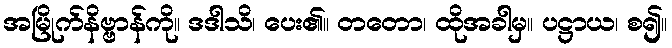
အမြိုက်နိဗ္ဗာန်ကို။ ဒဒါသိ၊ ပေး၏။ တတော၊ ထိုအခါမှ။ ပဋ္ဌာယ၊ စ၍။